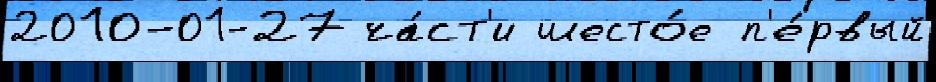
2010-01-27 ча́ст'и шесто́е п'е́рвый